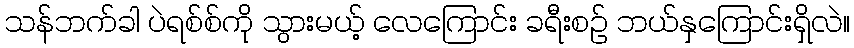
သန်ဘက်ခါ ပဲရစ်စ်ကို သွားမယ့် လေကြောင်း ခရီးစဉ် ဘယ်နှကြောင်းရှိလဲ။